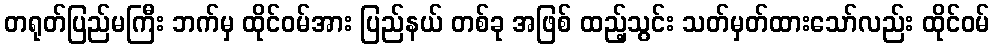
တရုတ်ပြည်မကြီး ဘက်မှ ထိုင်ဝမ်အား ပြည်နယ် တစ်ခု အဖြစ် ထည့်သွင်း သတ်မှတ်ထားသော်လည်း ထိုင်ဝမ်